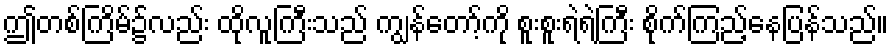
ဤတစ်ကြိမ်၌လည်း ထိုလူကြီးသည် ကျွန်တော့်ကို စူးစူးရဲရဲကြီး စိုက်ကြည့်နေပြန်သည်။